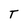
Character: T